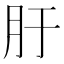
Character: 䏏